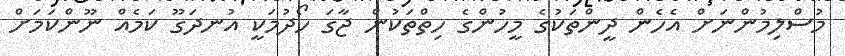
މުސްލިމުންނަށް އެހެން ދީންތަކުގެ މީހުންގެ ހިތްތަކުން ޖާގަ ހޯދުމަކީ އުނދަގޫ ކަމެއް ނޫންކަމަށް